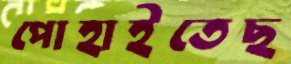
পোহাইতেছ